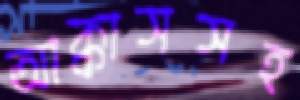
আক্কাসসহ